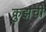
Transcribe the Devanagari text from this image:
क्रुझची